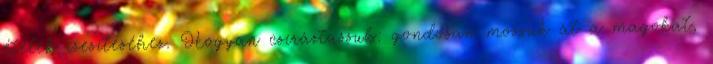
ételek ízesítéséhez. Hogyan csíráztassuk: gondosan mossuk át a magokat,